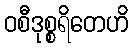
ဝစီဒုစ္စရိတေဟိ